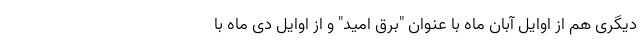
دیگری هم از اوایل آبان ماه با عنوان "برق امید" و از اوایل دی ماه با